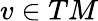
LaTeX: v\in TM